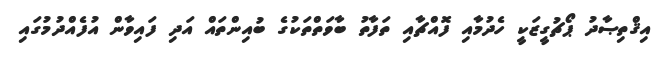
އިޤްތިޞާދު ޕޯޗުގީޒަކީ ހެދުމާއި ފޮއްޗާއި ތަފާތު ބާވަތްތަކުގެ ބުއިންތައް އަދި ފައިވާން އުފެއްދުމުގައި